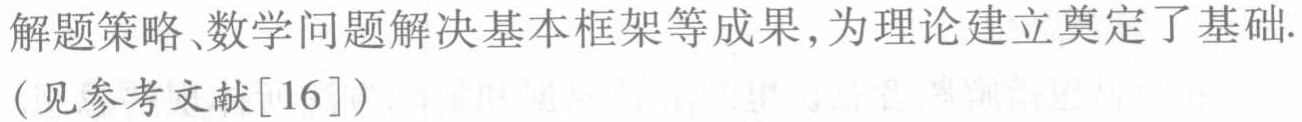
解题策略、数学问题解决基本框架等成果,为理论建立奠定了基础.（见参考文献[16]）